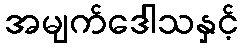
အမျက်ဒေါသနှင့်